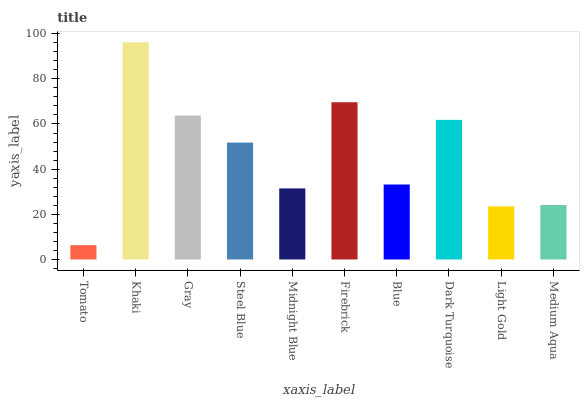
| xaxis_label | bars |
 | --- | --- |
 | Tomato | 6.33 |
 | Khaki | 96.1 |
 | Gray | 63.8 |
 | Steel Blue | 51.8 |
 | Midnight Blue | 31.5 |
 | Firebrick | 69.6 |
 | Blue | 33.2 |
 | Dark Turquoise | 61.8 |
 | Light Gold | 23.5 |
 | Medium Aqua | 24.1 |